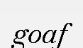
goaf